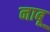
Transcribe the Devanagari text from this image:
नाबू